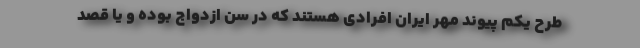
طرح یکم پیوند مهر ایران افرادی هستند که در سن ازدواج بوده و يا قصد